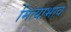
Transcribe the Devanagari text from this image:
मित्याभाव